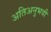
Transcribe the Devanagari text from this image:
अतिअनुभवी